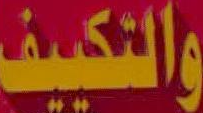
والتكييف